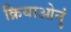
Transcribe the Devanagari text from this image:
क्रियाओनुं